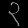
Digit: ၃